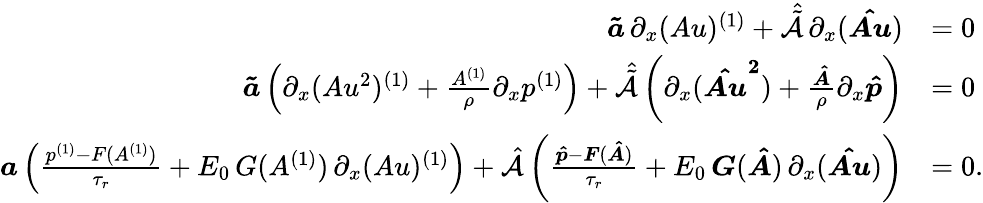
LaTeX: \begin{array}{rl}{\boldsymbol{\tilde{a}}\, \partial_{x}(Au)^{(1)}+\hat{\tilde{\mathcal{A}}}\, \partial_{x}(\boldsymbol{\hat{Au}})}&{=0}\\ {\boldsymbol{\tilde{a}}\left(\partial_{x}(Au^{2})^{(1)}+\frac{A^{(1)}}{\rho}\partial_{x}p^{(1)}\right)+\hat{\tilde{\mathcal{A}}}\left(\partial_{x}(\boldsymbol{\hat{Au}^{2}})+\frac{\boldsymbol{\hat{A}}}{\rho}\partial_{x}\boldsymbol{\hat{p}}\right)}&{=0}\\ {\boldsymbol{a}\left(\frac{p^{(1)}-F(A^{(1)})}{\tau_{r}}+E_{0}\, G(A^{(1)})\, \partial_{x}(Au)^{(1)}\right)+\hat{\mathcal{A}}\left(\frac{\boldsymbol{\hat{p}}-\boldsymbol{F}(\boldsymbol{\hat{A}})}{\tau_{r}}+E_{0}\, \boldsymbol{G}(\boldsymbol{\hat{A}})\, \partial_{x}(\boldsymbol{\hat{Au}})\right)}&{=0.}\end{array}